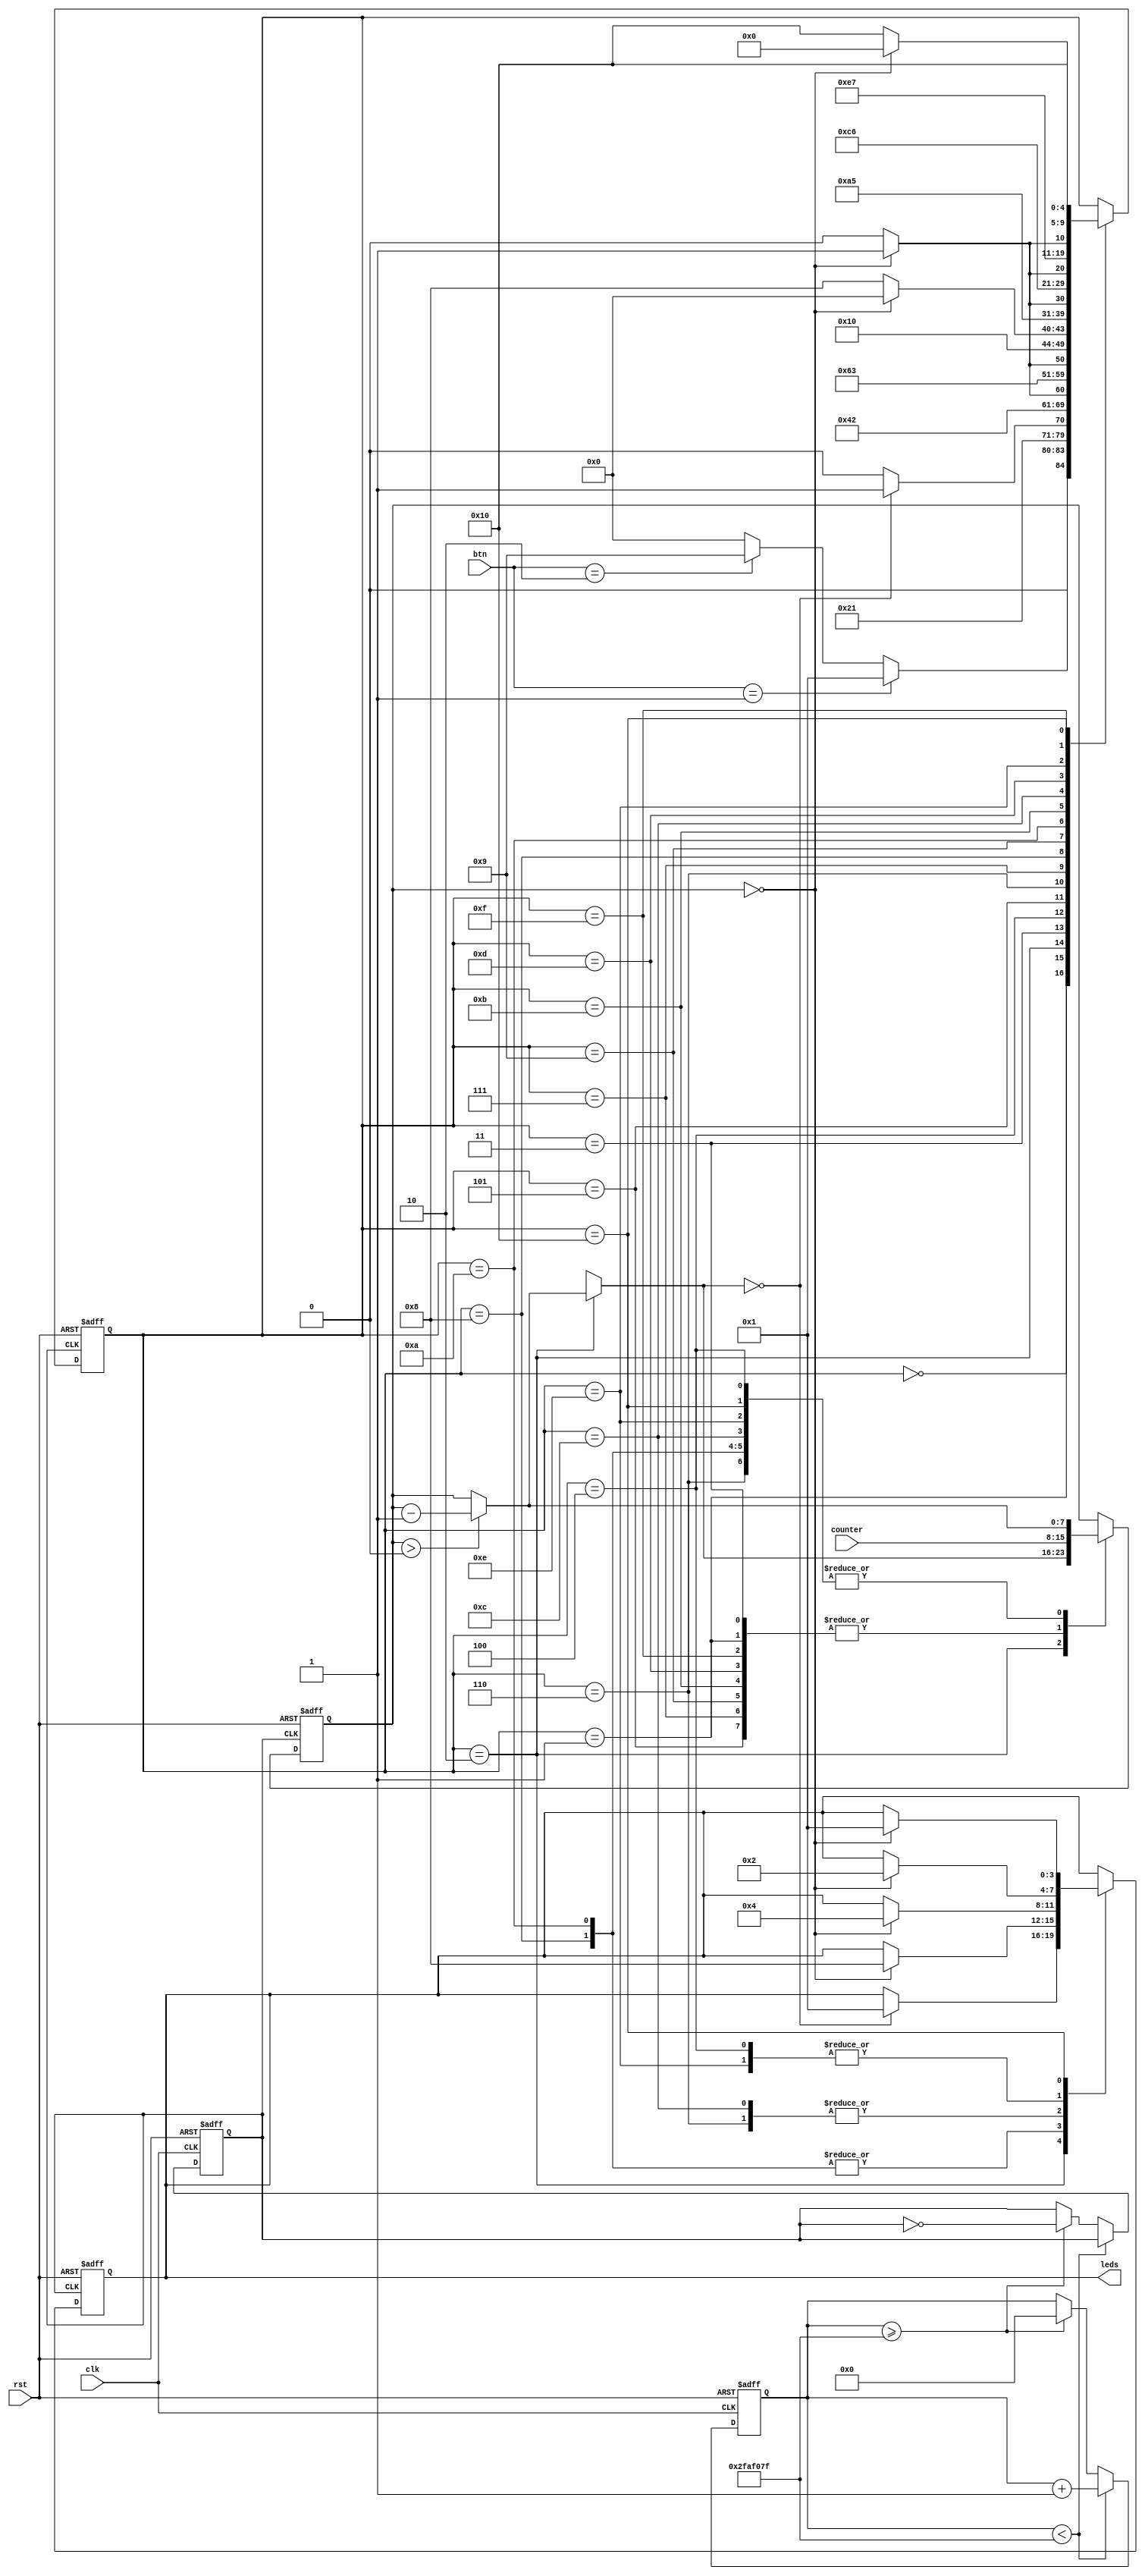
`timescale 1ns / 1ps

module wraparoundLEDS(
clk,
rst,
btn,
counter,
leds
    );
    
input clk;
input rst;
input [1:0] btn;
input [7:0] counter;

output reg [3:0] leds;

reg clk_out;
reg [1:0] flag;
reg [4:0] state;
reg [7:0] count;
reg [31:0] clkcounter;

always @(posedge clk or posedge rst)
begin
if (rst==1'b1)begin
    clk_out <= 0;
    clkcounter <= 0;

    end
else begin
if (clkcounter < 'd49999999)begin
    clkcounter <= clkcounter + 1;    
    end
else if (clkcounter >='d49999999)begin
    clk_out = ~clk_out; 
    clkcounter <= 0;   
    end    
end 
end
 
always @(posedge clk_out or posedge rst)
begin
if (rst==1'b1)begin
    state <= 5'b00000;
    count <= 0;
    leds <= 4'b0000;
    end
else begin
        case(state)
            5'b00000: begin
                        
                        state <= (btn==2'b01) ? 5'b00001 : (btn==2'b10) ? 5'b01001 : 5'b00000;
                      end
            5'b00001: begin
                        count <= counter;
                        state <= 5'b00010;
                      end
            5'b00010: begin
                        if (count > 0)begin
                        count = count - 1;
                        end
                        if (count == 0)begin 
                        leds <= 4'b0001;
                        end
                        state <= (count==0) ? 5'b00011 : 5'b00010;
                      end
            5'b00011: begin
                         count <= counter;
                         state <= 5'b00100;
                      end
            5'b00100: begin
                         if (count > 0)begin
                         count <= count - 1;
                         end
                         if (count == 0)begin 
                         leds <= 4'b0010;
                         end
                         state <= (count==0) ? 5'b00101 : 5'b00100;
                      end
            5'b00101: begin
                         count <= counter;
                         state <= 5'b00110;
                      end
            5'b00110: begin
                         if (count > 0)begin
                         count <= count - 1;
                         end
                         if (count == 0)begin 
                         leds <= 4'b0100;
                         end
                         state <= (count==0) ? 5'b00111 : 5'b00110;
                      end
            5'b00111: begin
                         count <= counter;
                         state <= 5'b01000;
                      end
            5'b01000: begin
                         if (count > 0)begin
                         count <= count - 1;
                         end
                         if (count == 0)begin 
                         leds <= 4'b1000;
                         end
                         state <= (count==0) ? 5'b00000 : 5'b01000;
                      end
            5'b01001: begin
                          count <= counter;
                          state <= 5'b01010;
                      end
            5'b01010: begin
                          if (count > 0)begin
                          count <= count - 1;
                          end
                          if (count == 0)begin 
                          ///leds <= 4'b0001;
                          leds <= 4'b1000;
                          end
                          state <= (count==0) ? 5'b01011 : 5'b01010;
                        end
            5'b01011: begin
                           count <= counter;
                           state <= 5'b01100;
                        end
            5'b01100: begin
                           if (count > 0)begin
                           count <= count - 1;
                           end
                           if (count == 0)begin 
                           leds <= 4'b0100;
                           end
                           state <= (count==0) ? 5'b01101 : 5'b01100;
                        end
            5'b01101: begin
                           count <= counter;
                           state <= 5'b01110;
                        end
            5'b01110: begin
                           if (count > 0)begin
                           count <= count - 1;
                           end
                           if (count == 0)begin 
                           leds <= 4'b0010;
                           end
                           state <= (count==0) ? 5'b01111 : 5'b01110;
                        end
            5'b01111: begin
                           count <= counter;
                           state <= 5'b10000;
                        end
            5'b10000: begin
                           if (count > 0)begin
                           count <= count - 1;
                           end
                           if (count == 0)begin 
                           leds <= 4'b0001;
                           end
                           state <= (count==0) ? 5'b00000 : 5'b10000;
                        end                                
        endcase 
        end    
end

endmodule